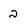
Character: 2